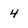
Character: 4